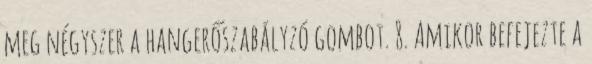
meg négyszer a hangerőszabályzó gombot. 8. Amikor befejezte a